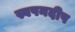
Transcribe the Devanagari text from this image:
स्वपनदीप